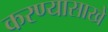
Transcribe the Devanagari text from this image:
करण्यासाखे